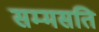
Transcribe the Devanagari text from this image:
सम्मसति